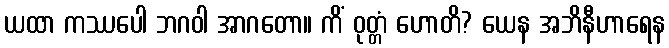
ယထာ ကဿပေါ ဘဂဝါ အာဂတော။ ကိံ ဝုတ္တံ ဟောတိ? ယေန အဘိနီဟာရေန